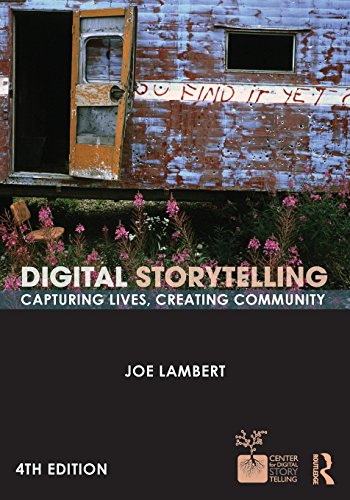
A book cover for Digital Storytelling: Capturing Lives, Creating Community (Digital Imaging and Computer Vision); Joe Lambert; Arts & Photography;